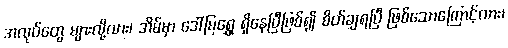
အလုပ်တွေ များလို့လား၊ အိမ်မှာ ဒေါ်မြရွှေ ရှိနေပြီဖြစ်၍ စိတ်ချရပြီ ဖြစ်သောကြောင့်လား၊